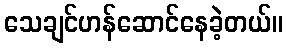
သေချင်ဟန်ဆောင်နေခဲ့တယ်။